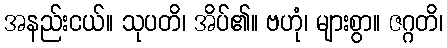
အနည်းငယ်။ သုပတိ၊ အိပ်၏။ ဗဟုံ၊ များစွာ။ ဇဂ္ဂတိ၊